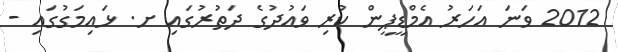
2012 ވަނަ އަހަރު އެމްޑީޕީން ކުރި ވައުދުގެ ދަތުރުގައި ށ. ޅައިމަގުގައި -